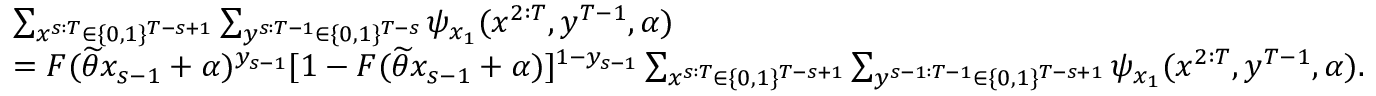
\begin{array} { r l } & { \sum _ { x ^ { s : T } \in \{ 0 , 1 \} ^ { T - s + 1 } } \sum _ { y ^ { s : T - 1 } \in \{ 0 , 1 \} ^ { T - s } } \psi _ { x _ { 1 } } ( x ^ { 2 : T } , y ^ { T - 1 } , \alpha ) } \\ & { = F ( \widetilde { \theta } x _ { s - 1 } + \alpha ) ^ { y _ { s - 1 } } [ 1 - F ( \widetilde { \theta } x _ { s - 1 } + \alpha ) ] ^ { 1 - y _ { s - 1 } } \sum _ { x ^ { s : T } \in \{ 0 , 1 \} ^ { T - s + 1 } } \sum _ { y ^ { s - 1 : T - 1 } \in \{ 0 , 1 \} ^ { T - s + 1 } } \psi _ { x _ { 1 } } ( x ^ { 2 : T } , y ^ { T - 1 } , \alpha ) . } \end{array}